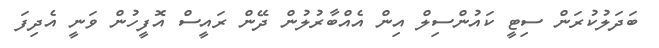
ބަދަލުކުރަން ސިޓީ ކައުންސިލް އިން އެއްބާރުލުން ދޭން ރައީސް އޮފީހުން ވަނީ އެދިފަ